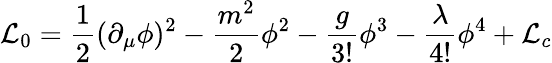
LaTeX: {\cal L}_{0}={\frac{1}{2}}(\partial_{\mu}\phi)^{2}-{\frac{m^{2}}{2}}\phi^{2}-{\frac{g}{3!}}\phi^{3}-{\frac{\lambda}{4!}}\phi^{4}+{\cal L}_{c}